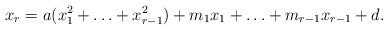
LaTeX: \begin{align*}x_r=a(x_1^2+\ldots+x_{r-1}^2)+m_1x_1+\ldots+m_{r-1}x_{r-1}+d. \end{align*}